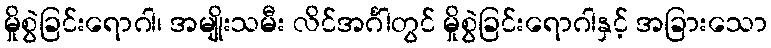
မှိုစွဲခြင်းရောဂါ၊ အမျိုးသမီး လိင်အင်္ဂါတွင် မှိုစွဲခြင်းရောဂါနှင့် အခြားသော